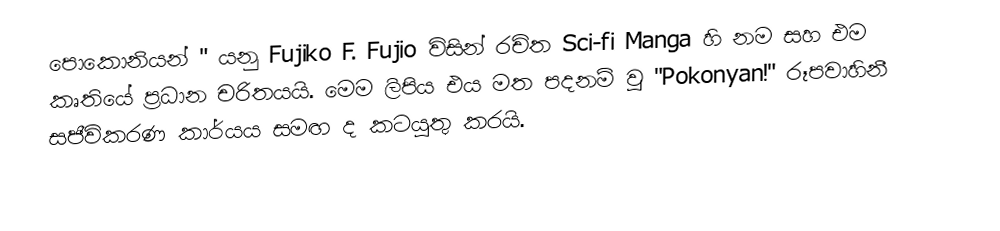
පොකොනියන්  " යනු Fujiko F. Fujio විසින් රචිත Sci-fi Manga හි නම සහ එම කෘතියේ ප්‍රධාන චරිතයයි. මෙම ලිපිය එය මත පදනම් වූ "Pokonyan!" රූපවාහිනී සජීවිකරණ කාර්යය සමඟ ද කටයුතු කරයි.